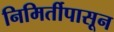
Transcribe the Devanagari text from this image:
निमिर्तीपासून